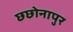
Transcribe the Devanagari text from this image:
छछोनापुर